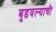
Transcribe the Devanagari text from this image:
बुडवल्याची